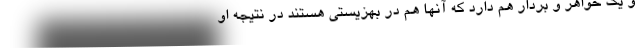
و یک خواهر و بردار هم دارد که آنها هم در بهزیستی هستند در نتیجه او